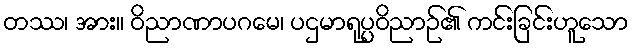
တဿ၊ အား။ ဝိညာဏာပဂမေ၊ ပဌမာရုပ္ပဝိညာဉ်၏ ကင်းခြင်းဟူသော